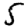
Digit: 5